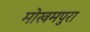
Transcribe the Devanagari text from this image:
मोखमपुरा